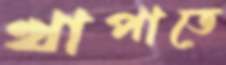
খাপাতে